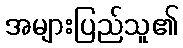
အများပြည်သူ၏